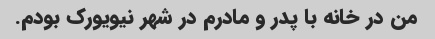
من در خانه با پدر و مادرم در شهر نیویورک بودم.